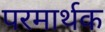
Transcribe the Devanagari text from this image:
परमार्थक